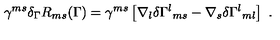
\gamma ^ { m s } \delta _ { \Gamma } R _ { m s } ( \Gamma ) = \gamma ^ { m s } \left[ \nabla _ { l } \delta \Gamma ^ { l } { } _ { m s } - \nabla _ { s } \delta \Gamma ^ { l } { } _ { m l } \right] \ .